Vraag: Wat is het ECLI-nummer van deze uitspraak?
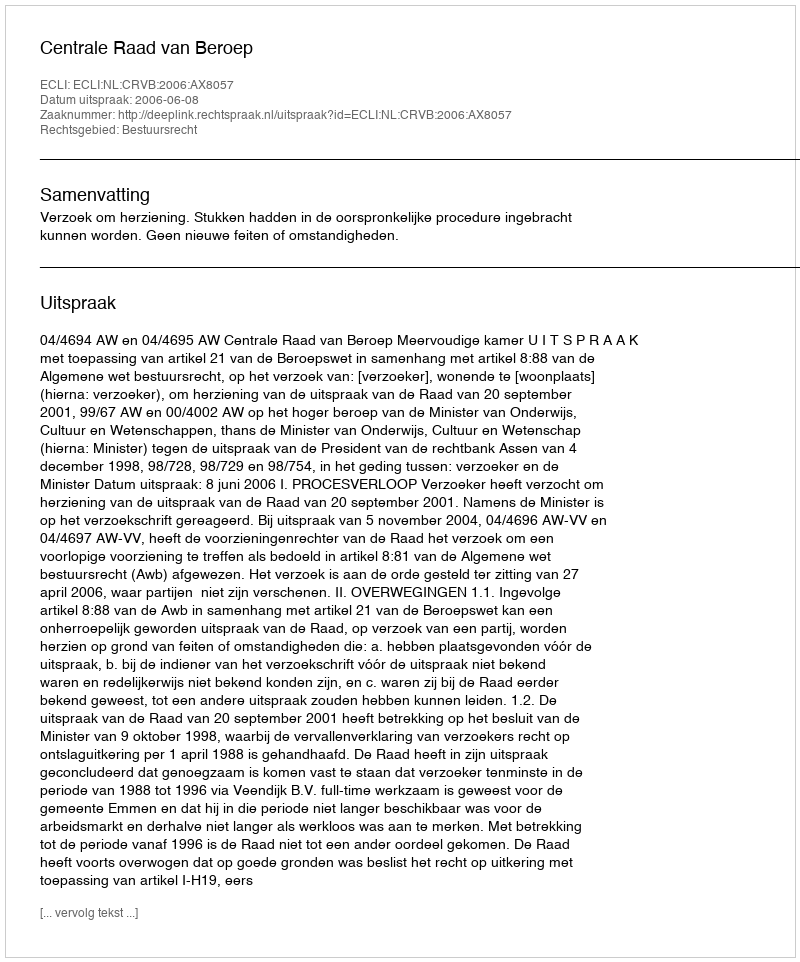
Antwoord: ECLI:NL:CRVB:2006:AX8057